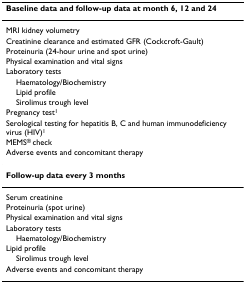
<table><thead><tr><td><b>Baseline data and follow-up data at month 6, 12 and 24</b></td></tr></thead><tbody><tr><td>MRI kidney volumetry</td></tr><tr><td>Creatinine clearance and estimated GFR (Cockcroft-Gault)</td></tr><tr><td>Proteinuria (24-hour urine and spot urine)</td></tr><tr><td>Physical examination and vital signs</td></tr><tr><td>Laboratory tests</td></tr><tr><td> Haematology/Biochemistry</td></tr><tr><td> Lipid profile</td></tr><tr><td> Sirolimus trough level</td></tr><tr><td>Pregnancy test<sup>1</sup></td></tr><tr><td>Serological testing for hepatitis B, C and human immunodeficiency virus (HIV)<sup>1</sup></td></tr><tr><td>MEMS<sup>® </sup>check</td></tr><tr><td>Adverse events and concomitant therapy</td></tr><tr><td><b>Follow-up data every 3 months</b></td></tr><tr><td>Serum creatinine</td></tr><tr><td>Proteinuria (spot urine)</td></tr><tr><td>Physical examination and vital signs</td></tr><tr><td>Laboratory tests</td></tr><tr><td> Haematology/Biochemistry</td></tr><tr><td>Lipid profile</td></tr><tr><td> Sirolimus trough level</td></tr><tr><td>Adverse events and concomitant therapy</td></tr></tbody></table>